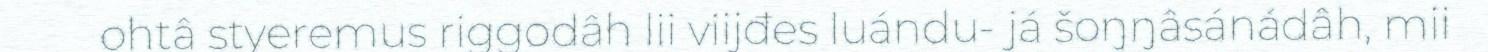
ohtâ styeremus riggodâh lii viijđes luándu- já šoŋŋâsánádâh, mii